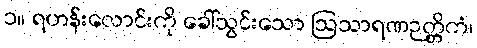
၁။ ရဟန်းလောင်းကို ခေါ်သွင်းသော ဩသာရဏဉတ္တိကံ၊